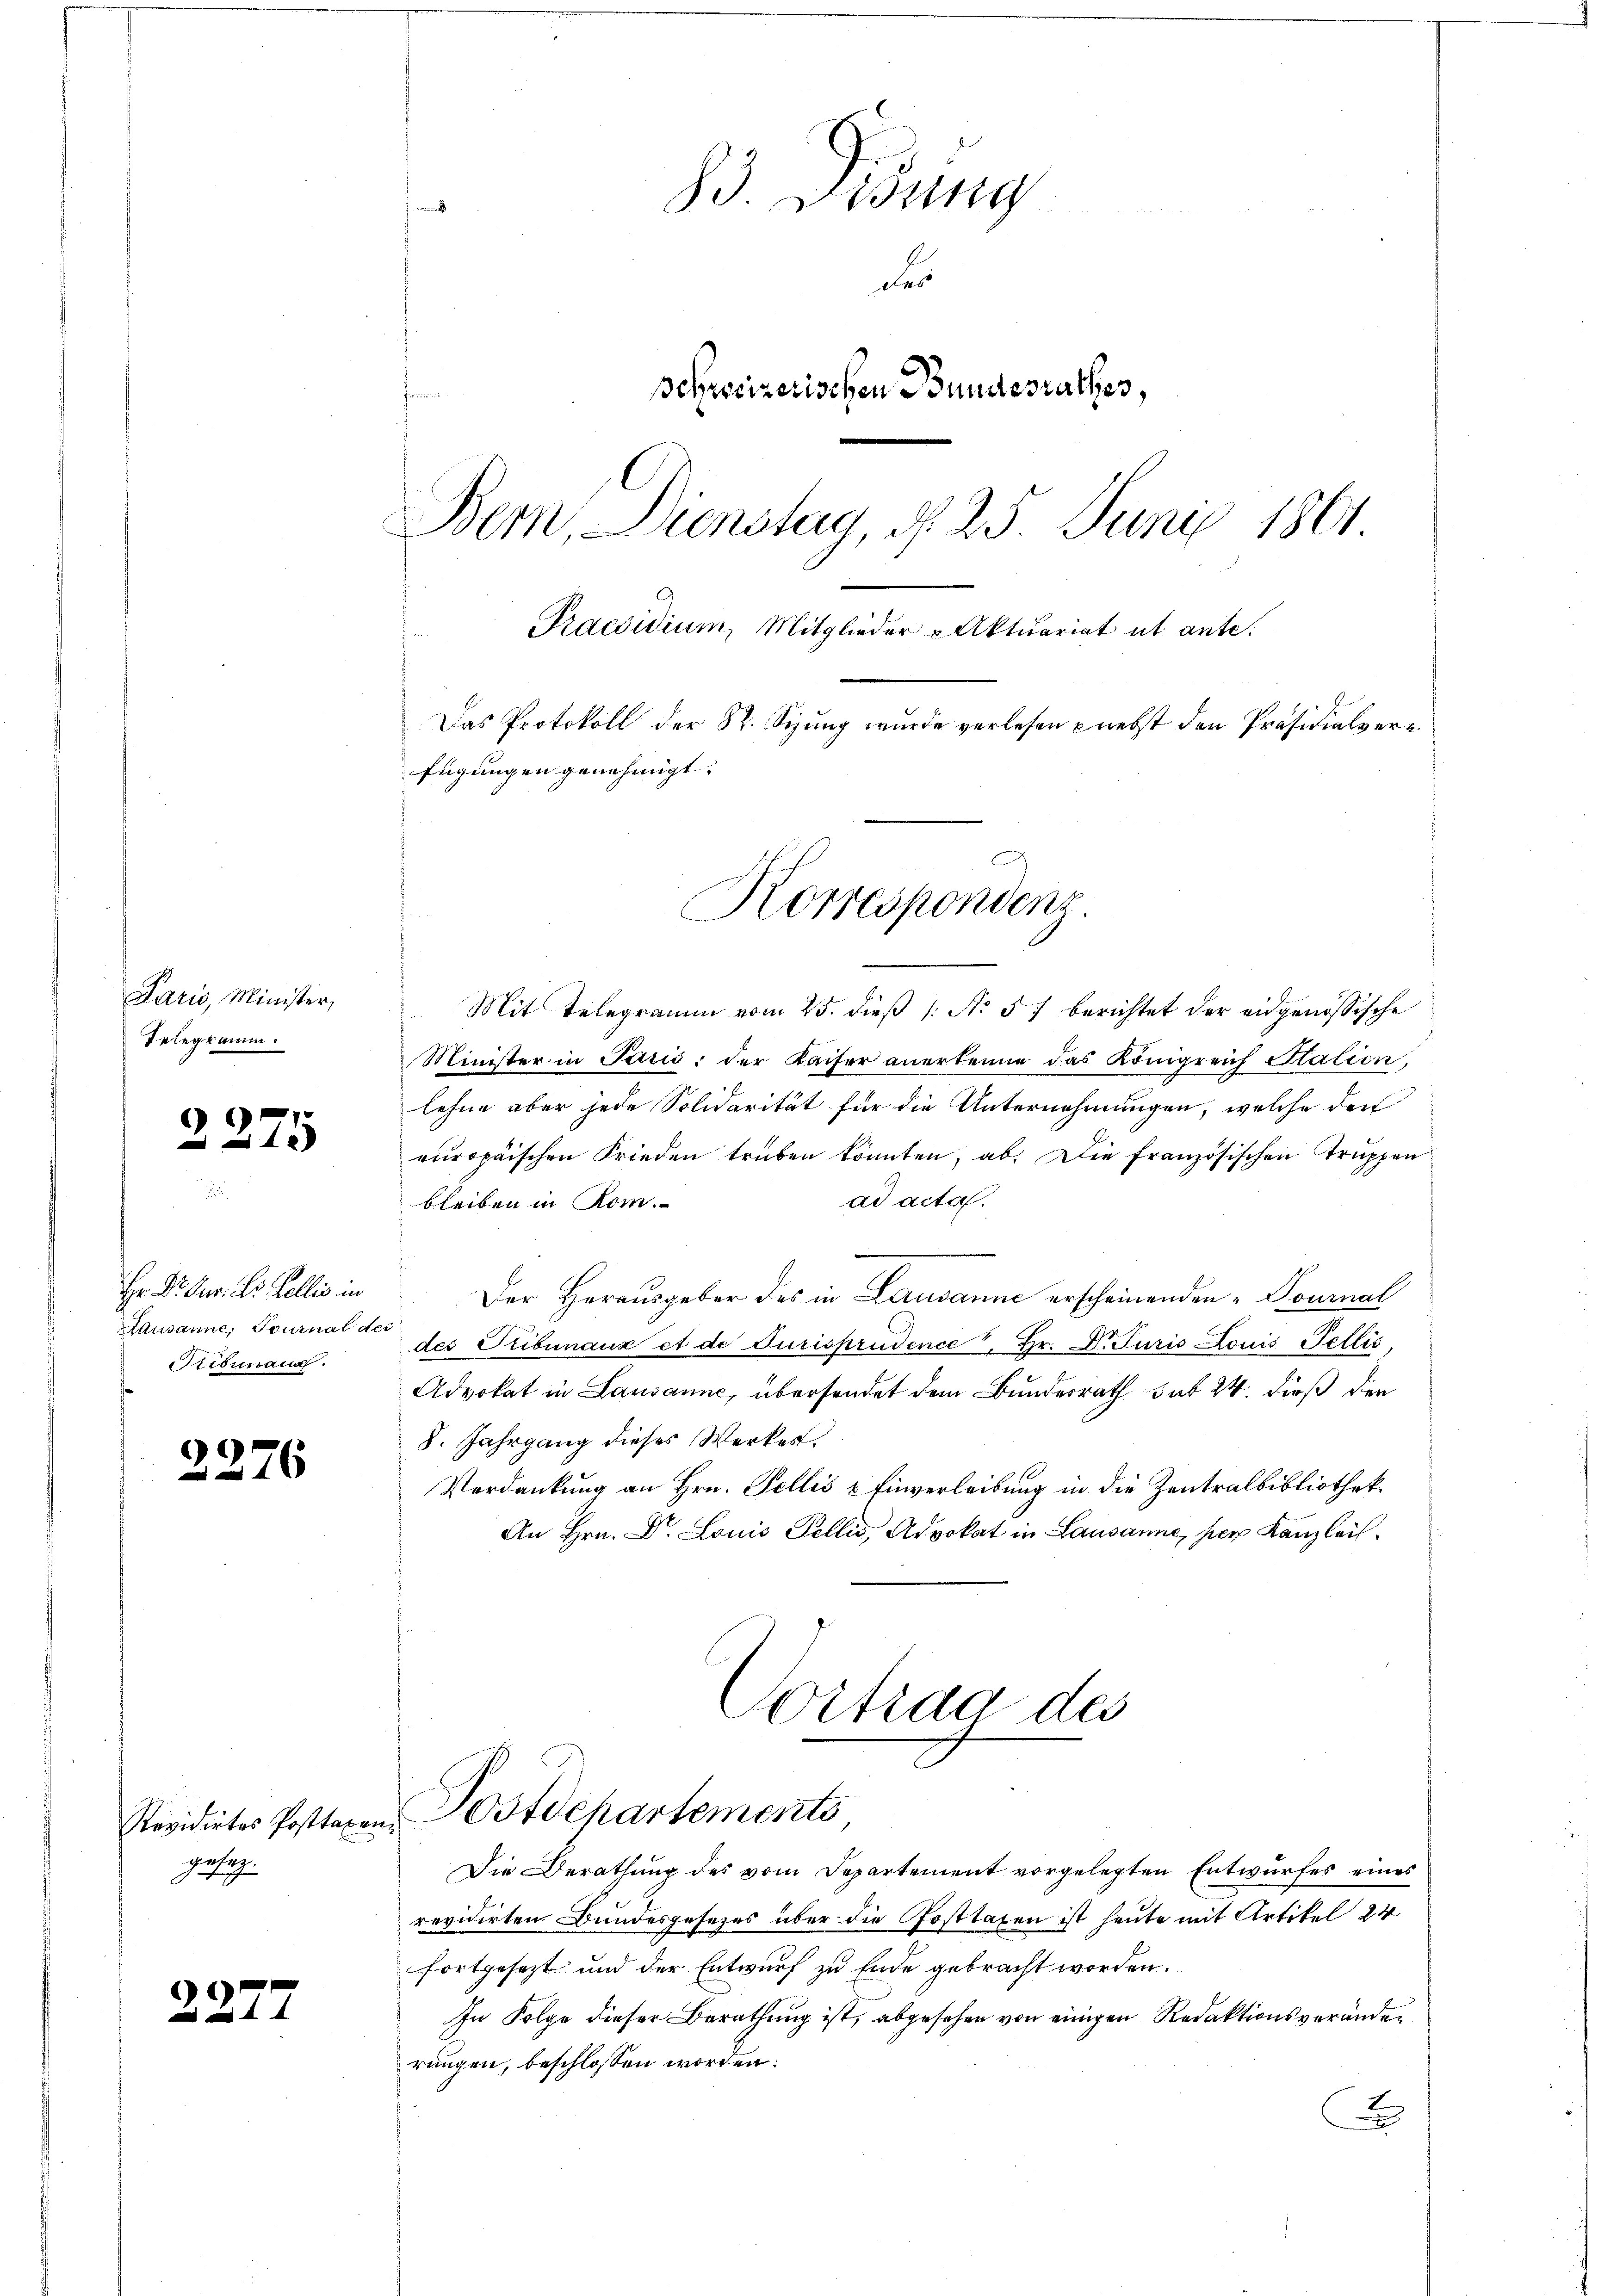
Paris, Minister,
Telegramm.

a

2275

Hr. Dr. Jur. Dr. Hellis in
Lausanne, Tournal de
Stibemann.

23.

¬

Revidirtes Posttaxen,
gesag¬

83. Disung

des
i
Schweizerischen Bundesrathes,
Bern, Dienstag, d. 25. Juni 1861
Praesidium, Mitglieder u Aktuariat ut ante.
Das Protokoll der St. Sizung wurde verlesen nebst den Präsidialverfügungen genehmigt.

Korrespondenz

.
Mit Telegramm vom 25. dieβ (: No 57 berichtet der eidgenössische
Minister in Parić: der Kaiser anerkenne das Königreich Italien,
lehne aber jede Solidarität für die Unternehmungen, welche den
europäischen Frieden trüben könnten, ab. Die französischen Truppen
ad acta.
bleiben in Kom
Der Herausgeber des in Lausanne erscheinenden Tournal
des Tribunaux et de Jurisprudence, Hr. Dr. Juris Louis Fellis
Advokat in Lausanne, übersendet dem Bundesrath sub 24. dieß den
8. Jahrgang dieses Werkes.
Verdankung an Hrn. Fellis & Einverleibung in die Zentralbibliothek.
An Hrn. Dr. Louis Fellis, Advokat in Lausanne, ser Kanzlei

Cortrag des
Postdepartements

Die Berathung des vom Departement vorgelegten Entwurfes eines
revidirten Bundesgesetzes über die Posttaxen ist heute mit Artikel 24.
fortgesezt und der Entwurf zu Ende gebracht worden.
In Folge dieser Berathung ist, abgesehen von einigen Redaktionsveränder
rungen, beschlossen worden:
x